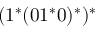
( 1 ^ { * } ( 0 1 ^ { * } 0 ) ^ { * } ) ^ { * } \,